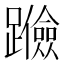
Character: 𰸶